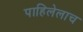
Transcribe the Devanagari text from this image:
पाहिलेलाच